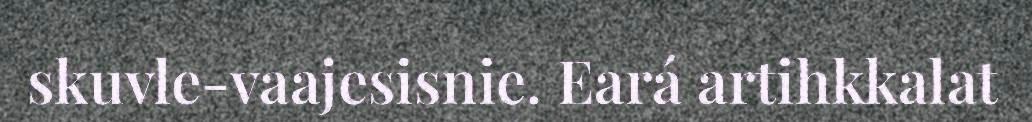
skuvle-vaajesisnie. Eará artihkkalat